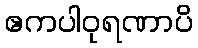
ဧကပါဝုရဏာပိ